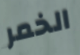
الخمر